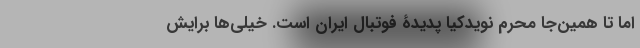
اما تا همین‌جا محرم نویدکیا پدیدۀ فوتبال ایران است. خیلی‌ها برایش